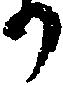
か